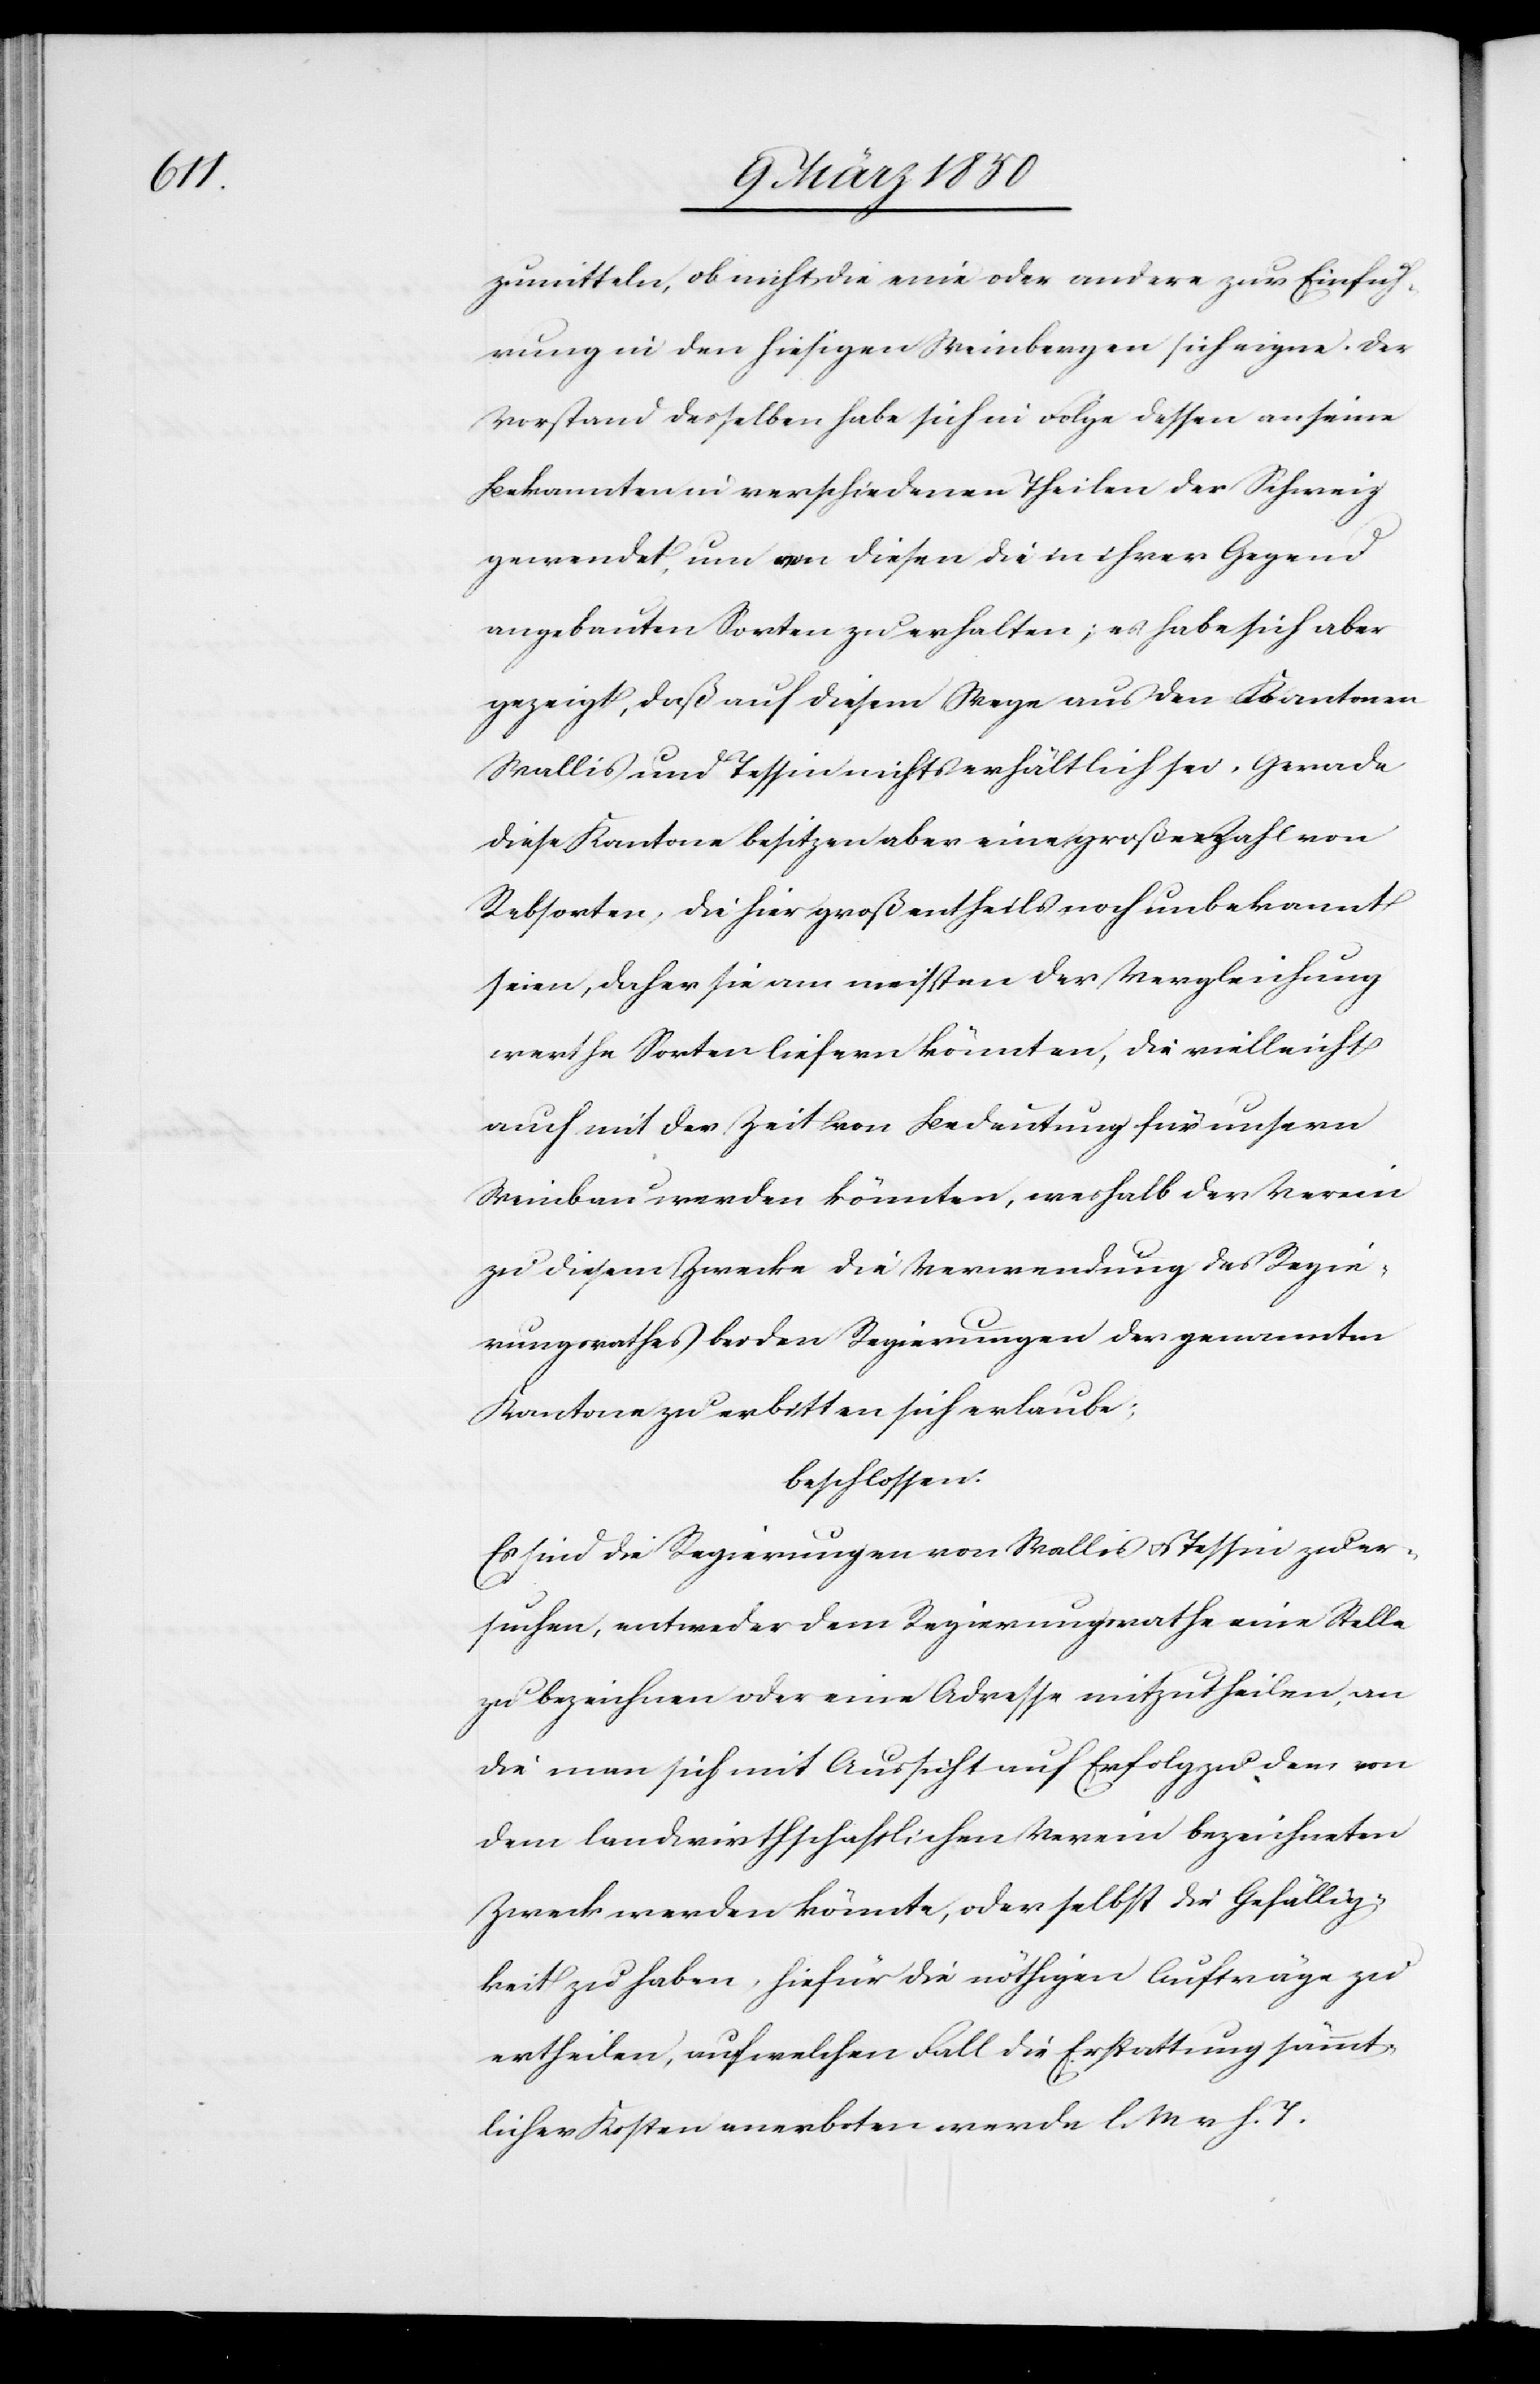
zumitteln, ob nicht die eine oder andere zur Einfüh¬
rung in den hiesigen Weinbergen sich eigne. Der
Vorstand desselben habe sich in Folge dessen an seine
Bekannten in verschiedenen Theilen der Schweiz
gewendet, um von diesen die in ihrer Gegend
angebauten Sorten zu erhalten; es habe sich aber
gezeigt, daß auf diesem Wege aus den Kantonen
Wallis und Tessin nichts erhältlich sei. Gerade
diese Kantone besitzen aber eine große Zahl von
Rebsorten, die hier großentheils noch unbekannt
seien, daher sie am meisten der Vergleichung
werthe Sorten liefern könnten, die vielleicht
auch mit der Zeit von Bedeutung für unsern
Weinbau werden könnten, weshalb der Verein
zu diesem Zwecke die Verwendung des Regie¬
rungsrathes bei den Regierungen der genannten
Kantone zu erbitten sich erlaube;
beschlossen:
Es sind die Regierungen von Wallis u. Tessin zu er¬
suchen, entweder dem Regierungsrathe eine Stelle
zu bezeichnen oder eine Adresse mitzutheilen, an
die man sich mit Aussicht auf Erfolg zu dem von
dem landwirthschaftlichen Verein bezeichneten
[recte: wenden] könnte, oder selbst die Gefällig¬
keit zu haben, hiefür die nöthigen Aufträge zu
ertheilen, auf welchen Fall die Erstattung sämmt¬
licher Kosten anerboten werde l. M. v. h. T.